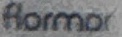
Flormar